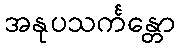
အနုပသင်္ကန္တော